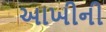
આખીની